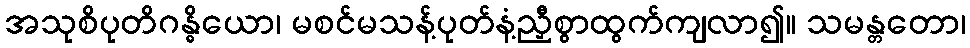
အသုစိပုတိဂန္ဓိယော၊ မစင်မသန့်ပုတ်နံ့ညှီစွာထွက်ကျလာ၍။ သမန္တတော၊